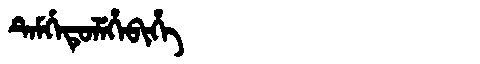
Manchu: ᡨᡝᠮᡤᡝᡨᡠᠯᡝᡥᡝᠪᡳᡥᡝ
Romanization: TEMGETULEHEBIHE